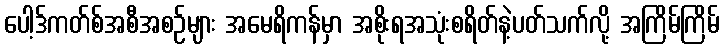
ပေါ့ဒ်ကတ်စ်အစီအစဉ်များ အမေရိကန်မှာ အစိုးရအသုံးစရိတ်နဲ့ပတ်သက်လို့ အကြိမ်ကြိမ်